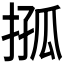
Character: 𢮩